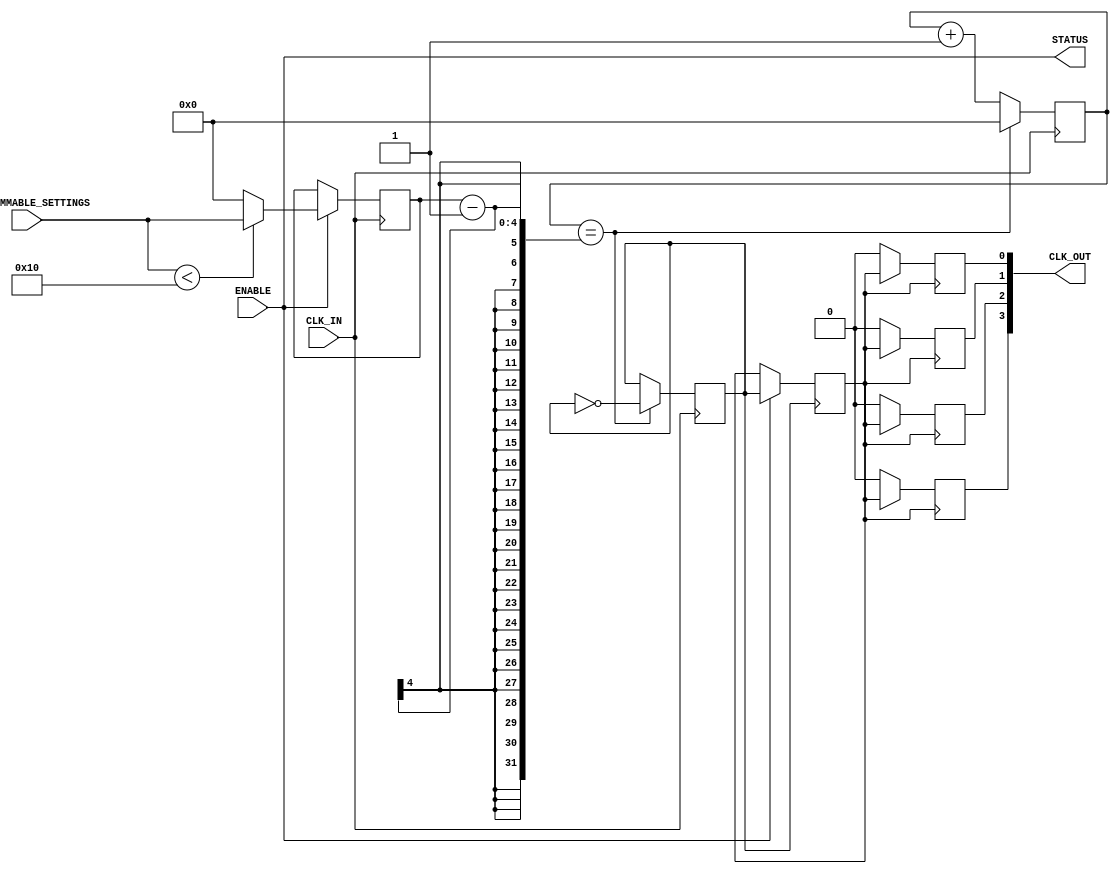
module programmable_clock_buffer 
#(
    parameter N_OUTPUTS = 4,              // Number of output clocks
    parameter MAX_DIVISOR = 16,            // Max division factor
    parameter PHASE_SHIFT_BITS = 4          // Number of bits for phase shift
)
(
    input wire CLK_IN,                      // Main clock input
    input wire [3:0] PROGRAMMABLE_SETTINGS, // Configuration settings (divisor, phase etc.)
    input wire ENABLE,                      // Enable control for clock buffer
    output wire [N_OUTPUTS-1:0] CLK_OUT,   // Output clock signals
    output wire STATUS                      // Operational status signal
);

reg [N_OUTPUTS-1:0] clk_out_reg;           // Output registers
reg [3:0] clk_divisor;                      // Clock division factor
reg [PHASE_SHIFT_BITS-1:0] phase_shift;    // Phase shift value
reg [N_OUTPUTS-1:0] clk_enable;            // Clock enable signals

wire clk_divided;                          // Internal divided clock signal
wire clk_shifted;                          // Internal phase adjusted clock signal

// Clock Divider (simple modulo divider)
always @(posedge CLK_IN) begin
    if (ENABLE) begin
        if (PROGRAMMABLE_SETTINGS[3:0] < MAX_DIVISOR)
            clk_divisor <= PROGRAMMABLE_SETTINGS[3:0];
        else
            clk_divisor <= MAX_DIVISOR; // Limit divisor to MAX_DIVISOR
    end
end

// Generate divided clock at a rate defined by clk_divisor
reg [3:0] clk_counter = 0;
always @(posedge CLK_IN) begin
    if (clk_counter == clk_divisor - 1) begin
        clk_counter <= 0;
        clk_divided <= ~clk_divided; // Toggle clock
    end else begin
        clk_counter <= clk_counter + 1;
    end
end

// Phase Shifter Logic (simple phase shift)
always @(posedge clk_divided) begin
    if (ENABLE) begin
        // phase_shift control from programmable settings
        // Simplified phase control assuming phase_shift < 16 (for example)
        
        // Assuming phase_shift is in terms of clock cycles
        clk_shifted <= clk_divided; // This should be modified to implement actual phase shifting
    end
end

// Output Clock Drivers
genvar i;
generate
    for (i = 0; i < N_OUTPUTS; i = i + 1) begin : output_logic
        always @(posedge clk_shifted) begin
            if (clk_enable[i]) begin
                clk_out_reg[i] <= clk_shifted; // Drive output clock
            end else begin
                clk_out_reg[i] <= 1'b0; // Disable clock output
            end
        end
    end
endgenerate

// Assign output registers to the output pins
assign CLK_OUT = clk_out_reg;

// Status Output - Indicate operational status
assign STATUS = ENABLE; // Just a simple example; can be extended to show more status

endmodule